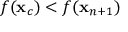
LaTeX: f ( \mathbf { x } _ { c } ) < f ( \mathbf { x } _ { n + 1 } )